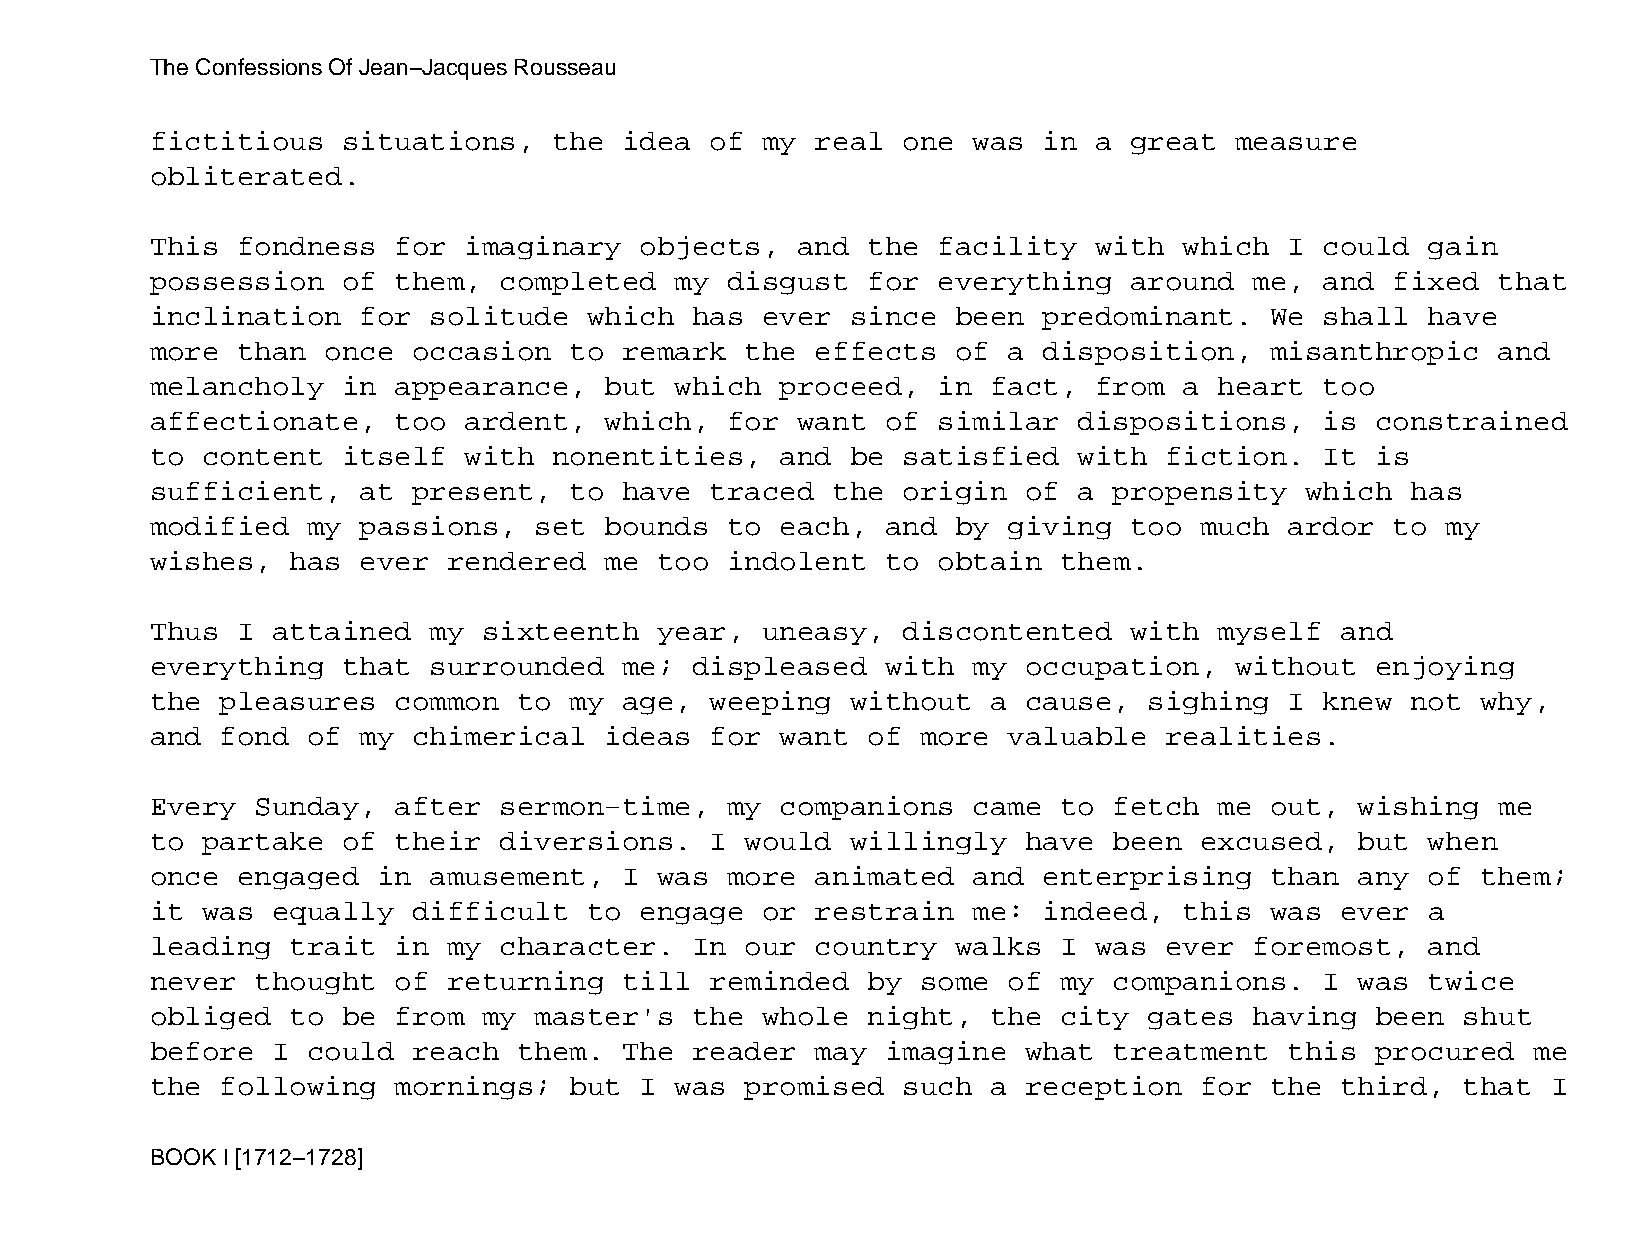
The Confessions Of Jean−Jacques Rousseau
 fictitious   situations,   the idea  of my  real  one was  in a  great  measure
 obliterated.
 This  fondness  for  imaginary  objects,   and the  facility  with  which  I  could  gain
 possession   of them,  completed   my disgust  for  everything   around  me,  and fixed  that
 inclination   for solitude   which  has ever  since  been  predominant.   We  shall  have
 more  than  once occasion   to remark  the  effects  of  a disposition,   misanthropic   and
 melancholy   in appearance,   but  which  proceed,  in  fact, from  a  heart  too
 affectionate,   too  ardent,  which,  for  want  of similar  dispositions,    is constrained
 to content   itself  with  nonentities,   and be  satisfied  with  fiction.   It is
 sufficient,   at present,   to have  traced  the  origin  of a  propensity  which  has
 modified  my  passions,  set  bounds  to  each,  and by  giving  too much  ardor  to  my
 wishes,  has  ever  rendered  me  too indolent   to obtain  them.
 Thus  I attained  my  sixteenth   year, uneasy,   discontented   with  myself  and
 everything   that surrounded   me;  displeased   with my  occupation,   without  enjoying
 the  pleasures  common  to  my age,  weeping  without   a cause,  sighing  I  knew not  why,
 and  fond of  my chimerical   ideas  for  want of  more  valuable  realities.
 Every  Sunday,  after  sermon−time,   my  companions  came  to  fetch  me out,  wishing  me
 to partake   of their  diversions.   I would  willingly   have  been excused,   but  when
 once  engaged  in amusement,   I  was more  animated  and  enterprising   than  any  of them;
 it was  equally  difficult   to engage  or  restrain  me:  indeed,  this  was  ever  a
 leading  trait  in  my character.   In our  country  walks  I was  ever  foremost,   and
 never  thought  of  returning  till  reminded  by  some  of my  companions.   I was  twice
 obliged  to  be from  my master's   the whole  night,   the city  gates  having  been  shut
 before  I could  reach  them.  The  reader  may  imagine  what  treatment  this  procured  me
 the  following  mornings;   but I  was promised   such  a reception  for  the  third,  that  I
 BOOK I [1712−1728]